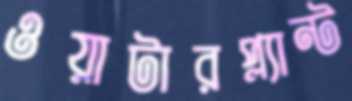
ওয়াটারপ্ল্যান্ট